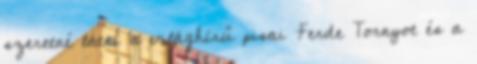
szeretné látni a világhírű pisai Ferde Tornyot és a